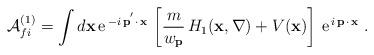
LaTeX: \begin{align*}{\cal A}_{fi}^{(1)}=\int d{\bf x\,}{\rm e}^{\,-i\,{\bf p}^{^{\prime }}{\bf \cdot \,x}}\,\left[ \frac{m}{w_{{\bf p}}}\,H_{1}({\bf x},{\bf \nabla })+V( {\bf x)}\right] \,{\rm e}^{\,i\,{\bf p\,\cdot \,x}}\;.\end{align*}